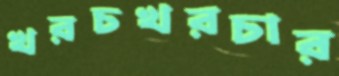
খরচখরচার